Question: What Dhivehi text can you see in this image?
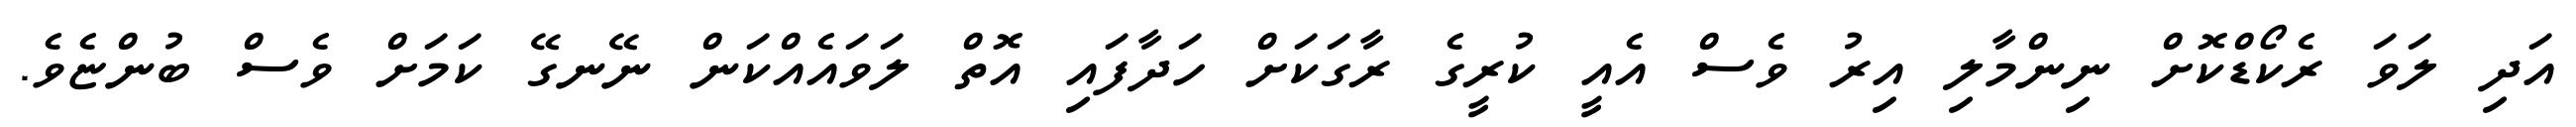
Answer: އަދި ލަވަ ރެކޯޑްކޮށް ނިންމާލި އިރު ވެސް އެއީ ކުރީގެ ރާގަކަށް ހަދާފައި އޮތް ލަވައެއްކަން ނޭނގޭ ކަމަށް ވެސް ބުންޏެވެ.